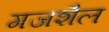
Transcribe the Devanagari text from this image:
गजशैल